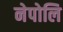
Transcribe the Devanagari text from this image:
नेपोलि